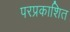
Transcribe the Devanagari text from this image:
परप्रकाशित